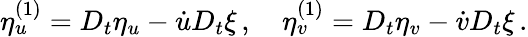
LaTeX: \eta_{u}^{(1)}=D_{t}\eta_{u}-\dot{u}D_{t}\xi\, ,\quad\eta_{v}^{(1)}=D_{t}\eta_{v}-\dot{v}D_{t}\xi\, .